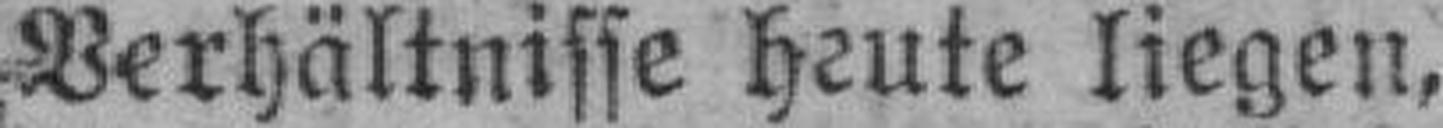
Verhältnisse heute liegen,